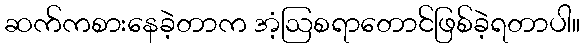
ဆက်ကစားနေခဲ့တာက အံ့ဩစရာတောင်ဖြစ်ခဲ့ရတာပါ။